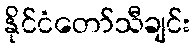
နိုင်ငံတော်သီချင်း